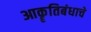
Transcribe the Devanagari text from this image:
आकॄतिबंधाचे